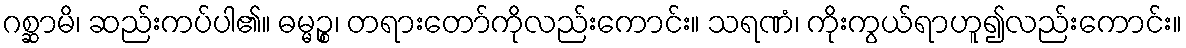
ဂစ္ဆာမိ၊ ဆည်းကပ်ပါ၏။ ဓမ္မဉ္စ၊ တရားတော်ကိုလည်းကောင်း။ သရဏံ၊ ကိုးကွယ်ရာဟူ၍လည်းကောင်း။